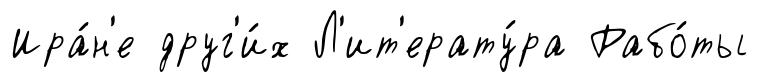
Ира́н'е друг'и́х Л'ит'ерату́ра Рабо́ты